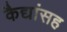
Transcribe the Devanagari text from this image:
कैद्यांसह